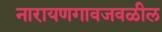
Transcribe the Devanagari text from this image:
नारायणगावजवळील